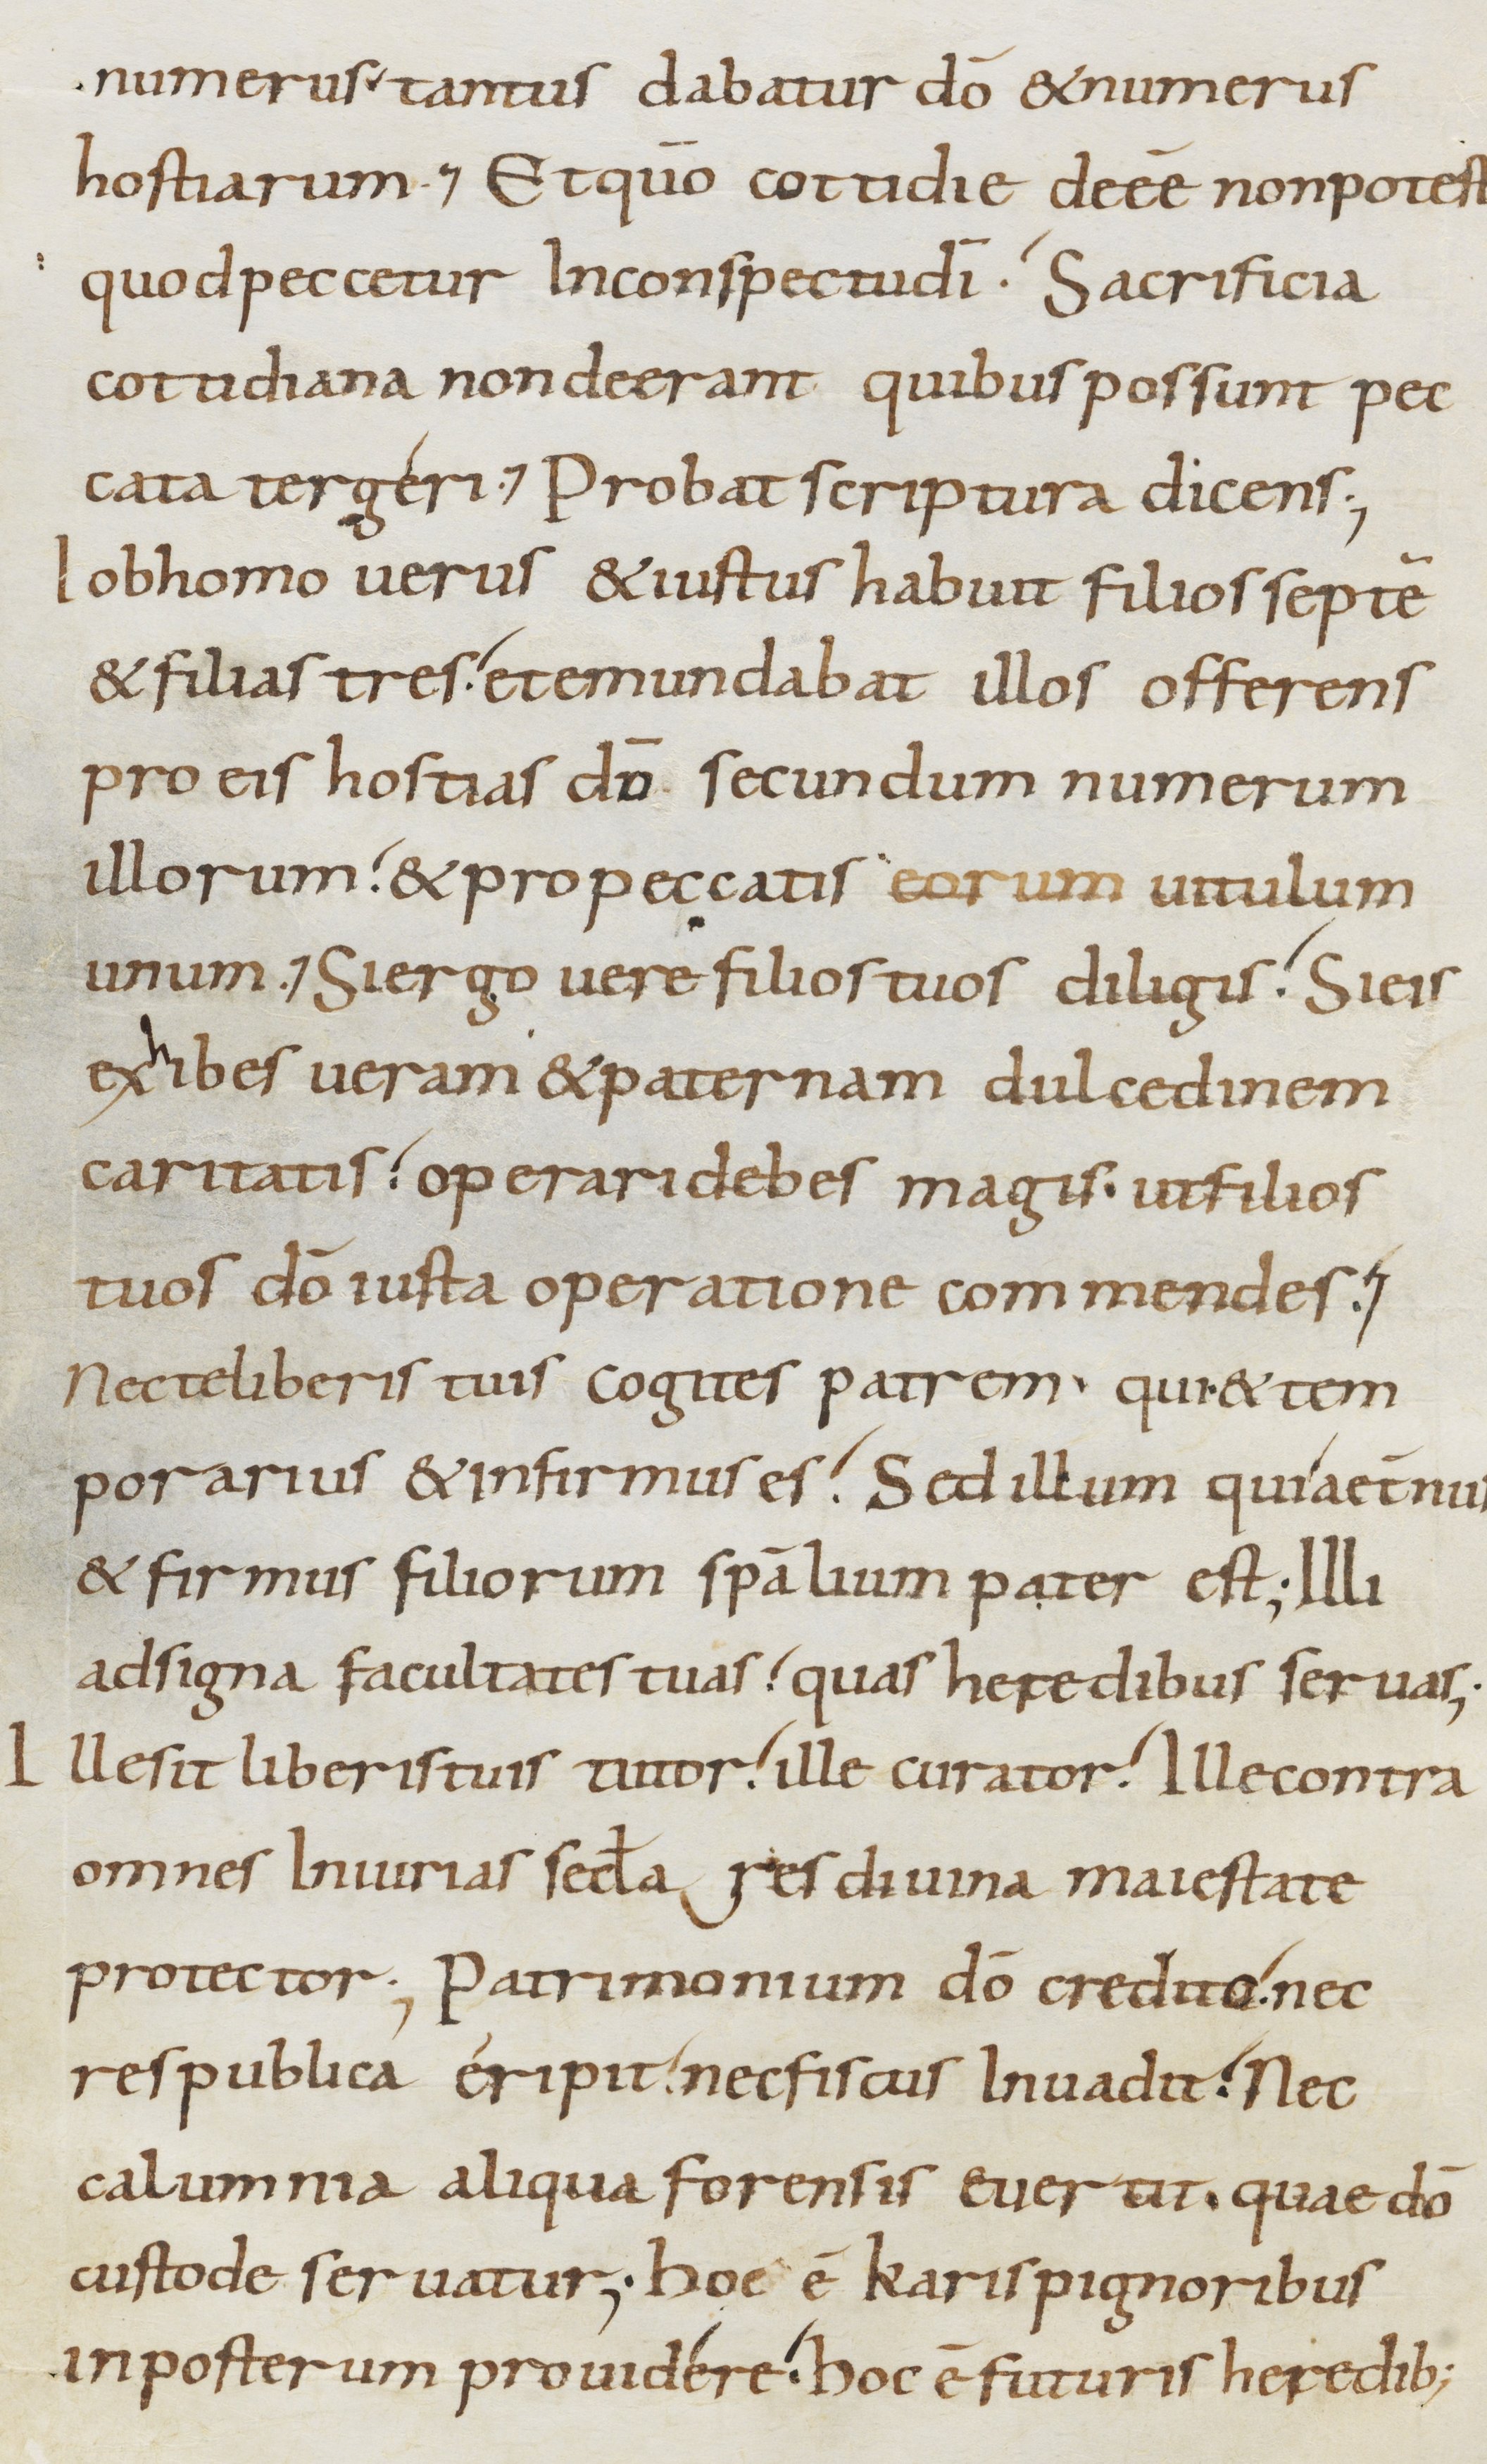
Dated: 800–899